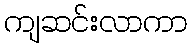
ကျဆင်းလာကာ